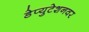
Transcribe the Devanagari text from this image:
डेप्युटेशनवर